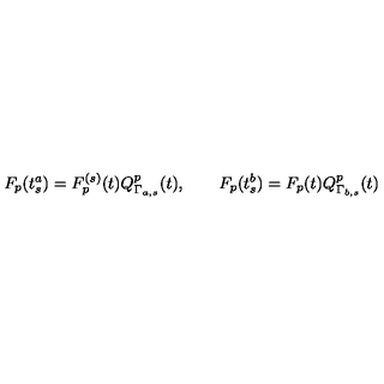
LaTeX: F _ { p } ( t _ { s } ^ { a } ) = F _ { p } ^ { ( s ) } ( t ) Q _ { \Gamma _ { a , s } } ^ { p } ( t ) , \qquad F _ { p } ( t _ { s } ^ { b } ) = F _ { p } ( t ) Q _ { \Gamma _ { b , s } } ^ { p } ( t )